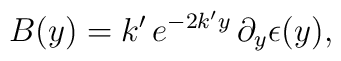
B(y)=k'\,e^{-2k'y}\,\partial_y\epsilon(y),